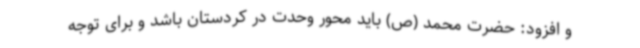
و افزود: حضرت محمد (ص) باید محور وحدت در کردستان باشد و برای توجه